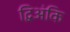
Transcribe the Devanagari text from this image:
द्विअंकि